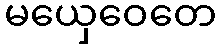
မယှေဝေတေ